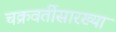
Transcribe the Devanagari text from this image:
चक्रवर्तीसारख्या